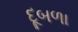
દૂબળા